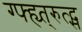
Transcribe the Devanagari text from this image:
ग्फ्ह्य्त्रुत्द्स